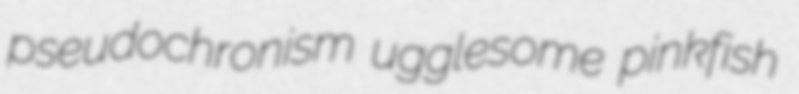
pseudochronism ugglesome pinkfish